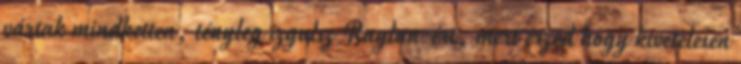
vártak mindketten, tényleg izgulsz Raylan-ért, mert érzed hogy kivételesen